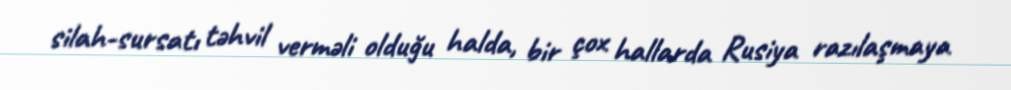
silah-sursatı təhvil verməli olduğu halda, bir çox hallarda Rusiya razılaşmaya